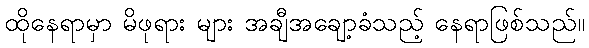
ထိုနေရာမှာ မိဖုရား များ အချီအချော့ခံသည့် နေရာဖြစ်သည်။